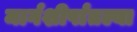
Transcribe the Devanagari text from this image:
मार्गशीर्षातल्या